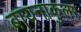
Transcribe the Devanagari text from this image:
बायनाकुलर